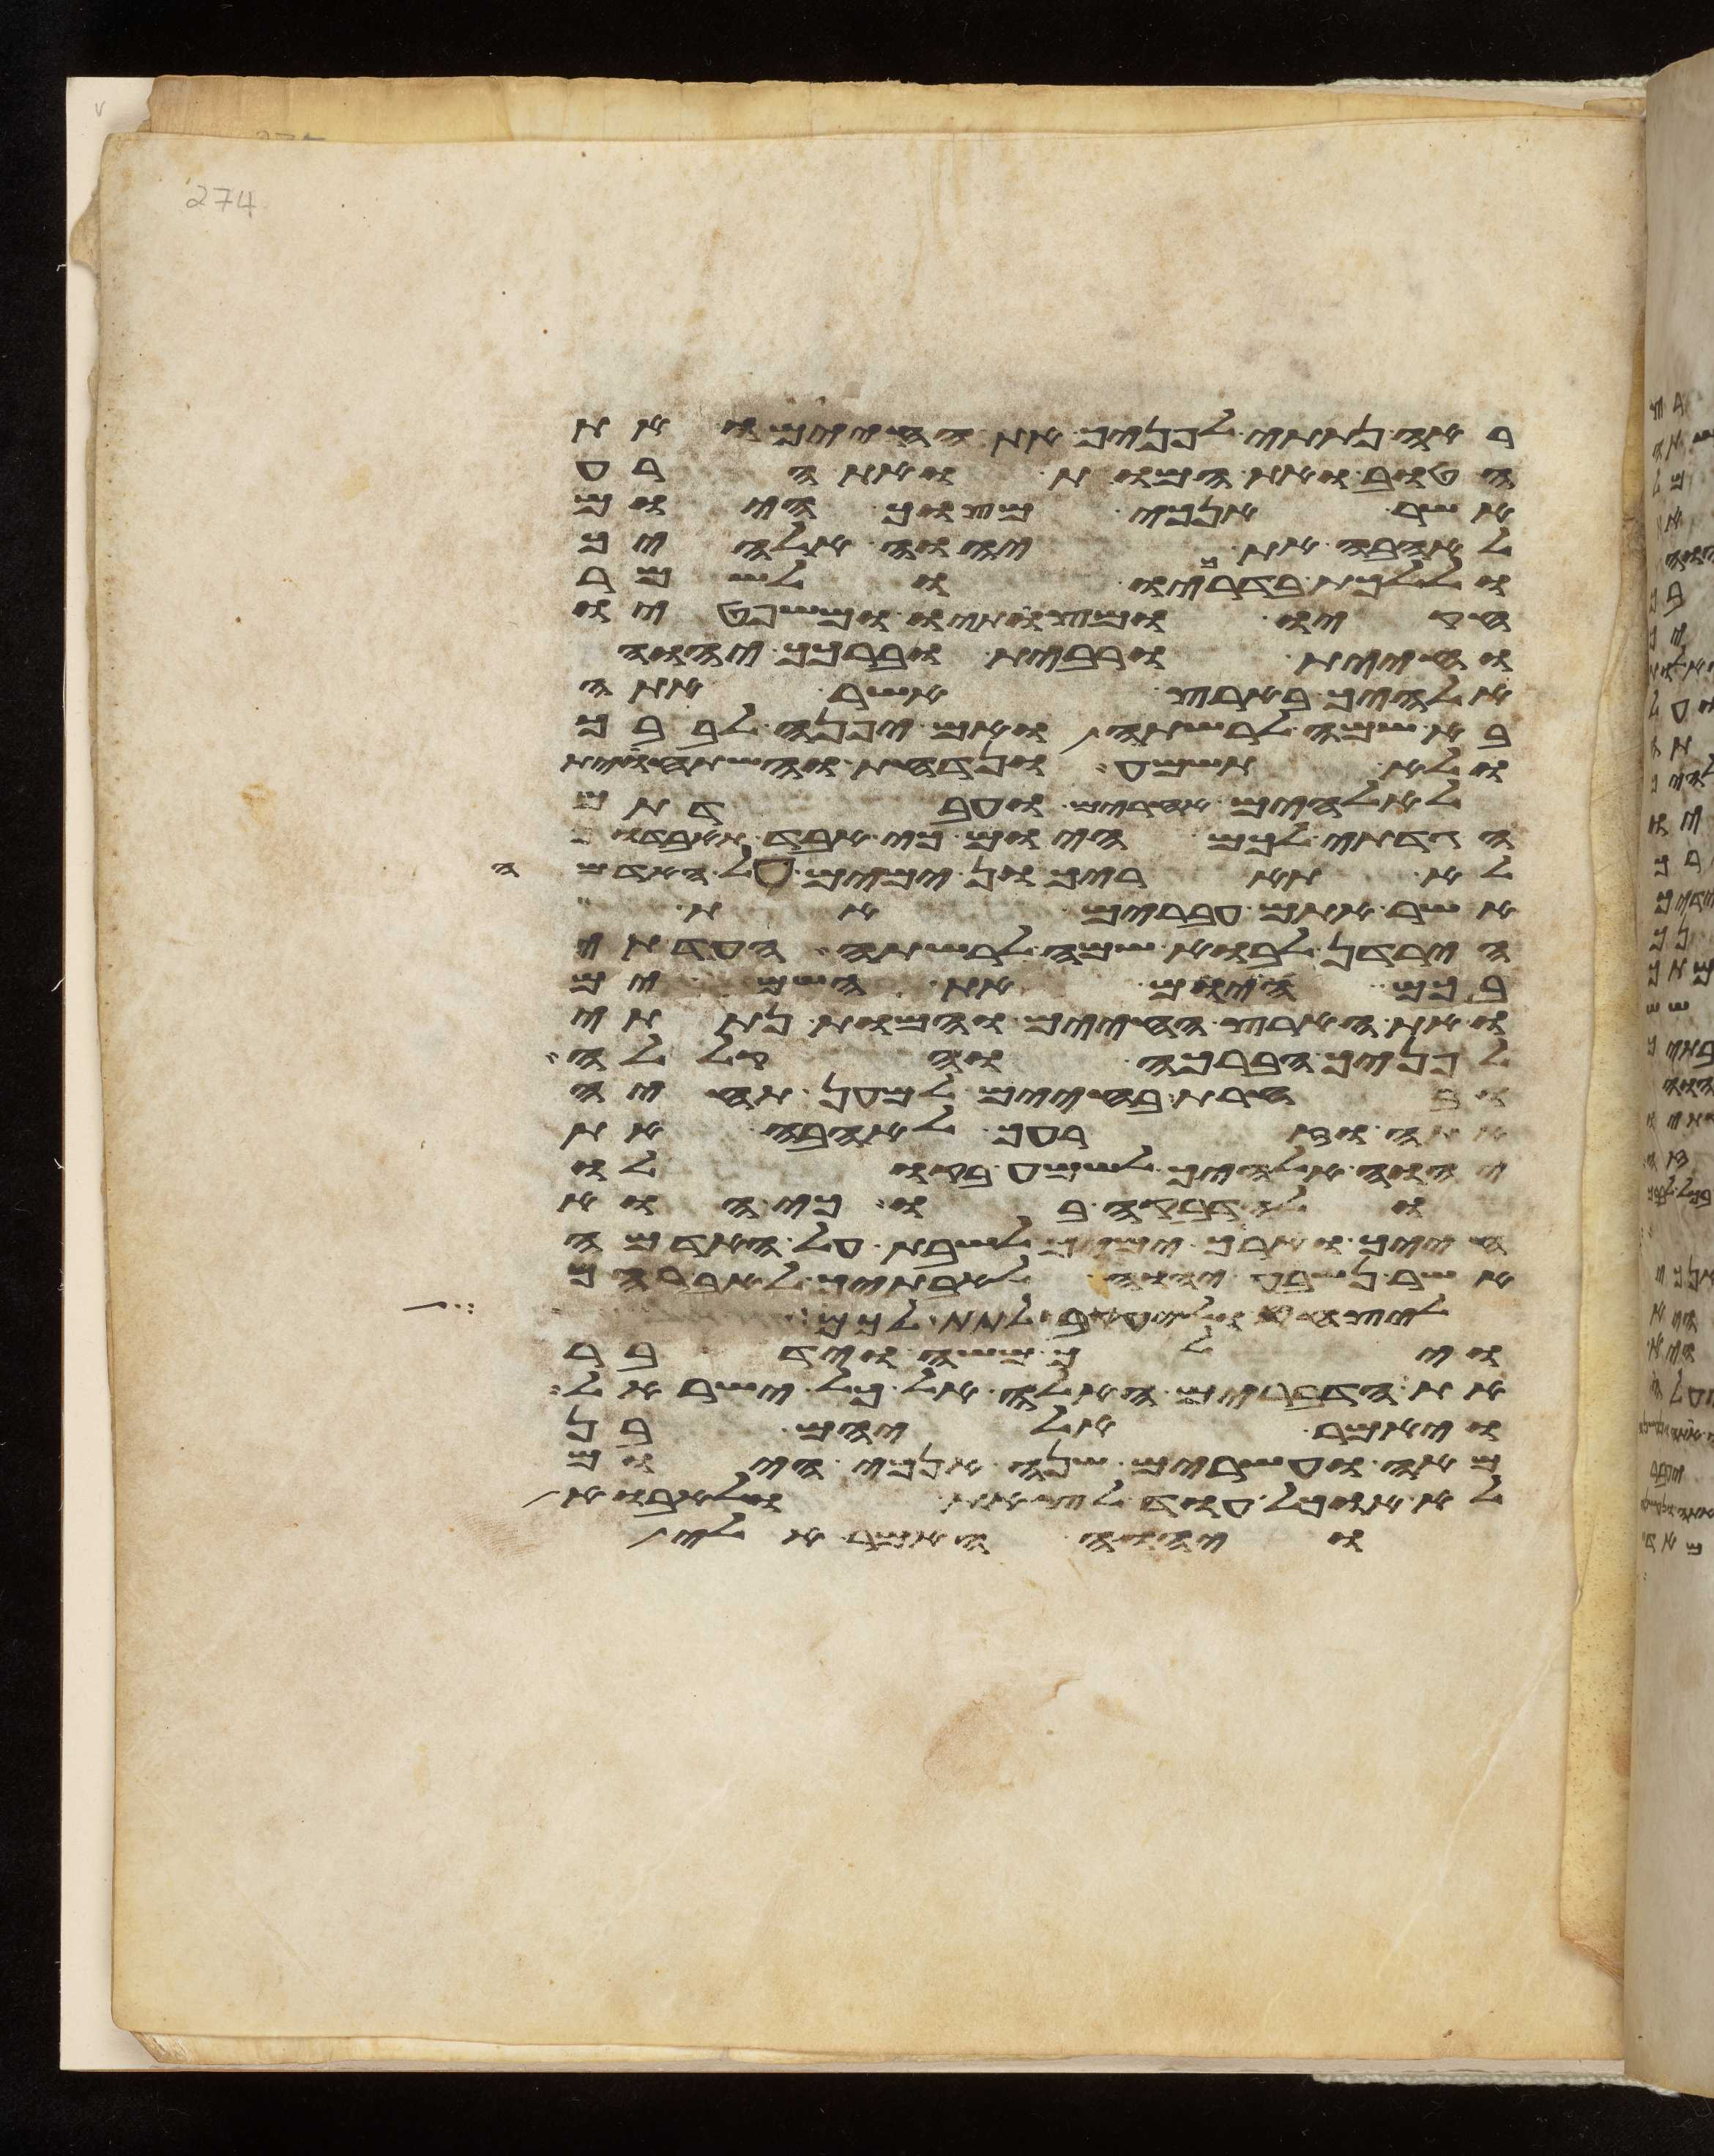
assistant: ראה נתתי לפניך את החיים ואת
הטוב ואת המות ואת הרע
אשר אנכי מצוך היום
לאהבה את יהוה אלהיך
וללכת בדרכיו ולשמר
חקיו ומצותיו ומשפטיו
וחיית ורבית וברכך יהוה
אלהיך בארץ אשר אתה
בא שמה לרשתה ואם יפנה לבבך
ולא תשמע ונדחת והשתחוית
לאלהים אחרים ועבדתם
הגדתי לכם היום כי אבד תאבדון
לא תאריכון ימים על האדמה
אשר אתם עברים את
הירדן לבוא שמה לרשתה העדתי
בכם היום את השמים
ואת הארץ החיים והמות נתתי
לפניך הברכה והקללה
ובחרת בחיים למען תחיה
אתה וזרעך לאהבה את
יהוה אלהיך ולשמע בקולו
ולהדבקה בו כי הוא
חייך וארך ימיך לשבת על האדמה
אשר נשבע יהוה לאבתיך לאברהם
ליצחק וליעקב לתת לכם
וילך משה וידבר
את הדברים האלה אל כל ישראל
ויאמר אליהם בן
מאה ועשרים שנה אנכי היום
לא אוכל עוד לצאת ולאבוא
ויהוה האמר אלי